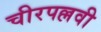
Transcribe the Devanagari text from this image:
चीरपल्लवी